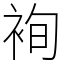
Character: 䘩